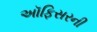
અૉફિસરની